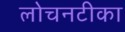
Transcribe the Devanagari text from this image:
लोचनटीका